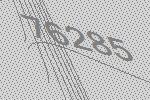
76285